Punjab Mental Hospital Lahore 1922-31 - 1922-1931
Year: 1922
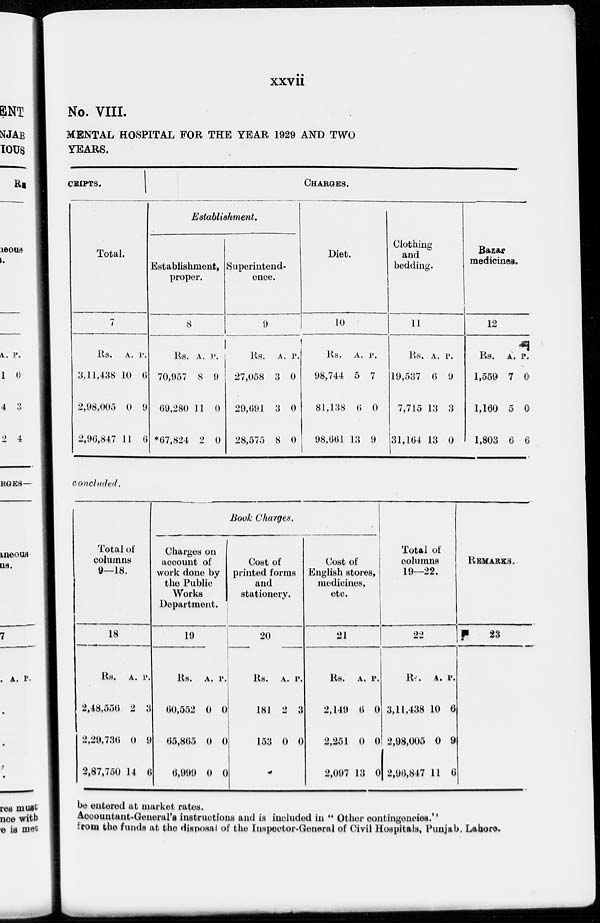
xxvii
No. VIII.
MENTAL HOSPITAL FOR THE YEAR 1929 AND TWO
YEARS.
CEIPTS.
Total.
7
Rs.
3,11,438
2,98,005
2,96,847
A.
10
0
11
P.
6
9
6
CHARGES.
Establishment.
Establishment,
proper.
8
Rs.
70,957
69,280
*67,824
A.
8
11
2
P.
9
0
0
Superintend-
ence.
9
Rs.
27,058
29,691
28,575
A.
3
3
8
P.
0
0
0
Diet.
10
Rs.
98,744
81,138
98,661
A.
5
6
13
P.
7
0
9
Clothing
and
bedding.
11
Rs.
19,537
7,715
31,164
A.
6
13
13
P.
9
3
0
Bazar
medicines.
12
Rs.
1,559
1,160
1,803
A.
7
5
6
P.
0
0
6
concluded.
Total of
columns
9—18.
18
Rs.
2,48,556
2,29,736
2,87,750
A.
2
0
14
P.
3
9
6
Book Charges.
Charges on
account of
work done by
the Public
Works
Department.
19
Rs.
60,552
65,865
6,999
A.
0
0
0
P.
0
0
0
Cost of
printed forms
and
stationery.
20
Rs.
181
153
A.
2
0
P.
3
0
Cost of
English stores,
medicines,
etc.
21
Rs.
2,149
2,251
2,097
A.
6
0
13
P.
0
0
0
Total of
columns
19—22.
22
Rs.
3,11,438
2,98,005
2,96,847
A.
10
0
11
P.
6
9
6
REMARKS.
23
be entered at market rates.
Accountant-General's instructions and is included in "Other contingencies."
from the funds at the disposal of the Inspector-General of Civil Hospitals, Punjab, Lahore.